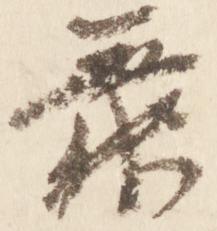
舞